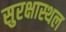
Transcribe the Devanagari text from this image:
सुरक्षास्थल